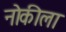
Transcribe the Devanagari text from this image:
नोकीला